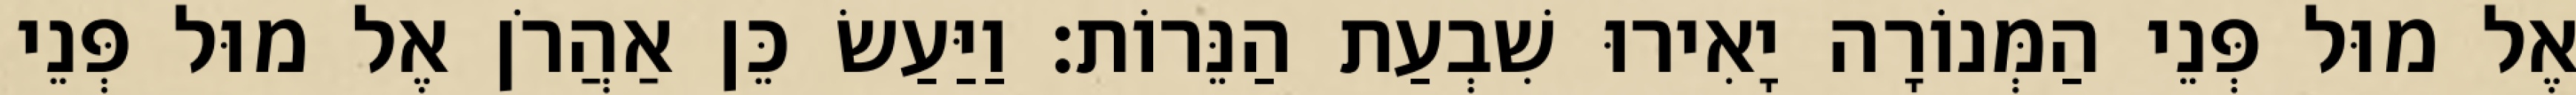
אֶל מוּל פְּנֵי הַמְּנוֹרָה יָאִירוּ שִׁבְעַת הַנֵּרוֹת׃ וַיַּעַשׂ כֵּן אַהֲרֹן אֶל מוּל פְּנֵי